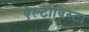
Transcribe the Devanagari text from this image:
ऐल्टाविस्टा